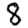
Digit: 8